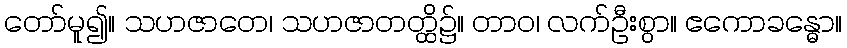
တော်မူ၍။ သဟဇာတေ၊ သဟဇာတတ္ထိ၌။ တာဝ၊ လက်ဦးစွာ။ ဧကောခန္ဓော။